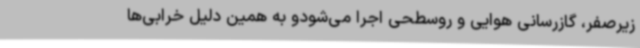
زیرصفر، گازرسانی هوایی و روسطحی اجرا می‌شودو به همین دلیل خرابی‌ها